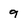
Character: 9